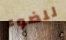
للضوء